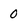
Character: 0